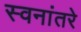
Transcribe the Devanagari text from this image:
स्वनांतरे